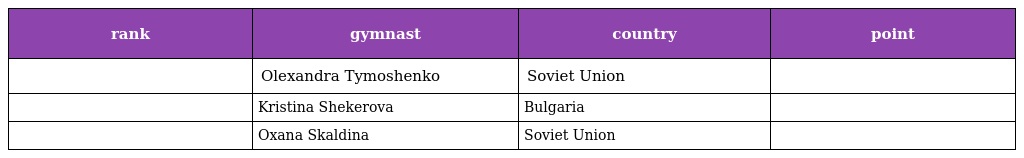
| rank | gymnast | country | point |
 | --- | --- | --- | --- |
 |  | Olexandra Tymoshenko | Soviet Union |  |
 |  | Kristina Shekerova | Bulgaria |  |
 |  | Oxana Skaldina | Soviet Union |  |